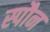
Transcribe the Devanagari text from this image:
स्पौन